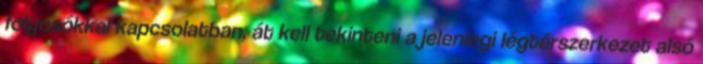
folyosókkal kapcsolatban, át kell tekinteni a jelenlegi légtérszerkezet alsó